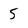
Character: 5